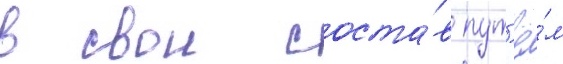
в свои соста́в пут'ё́м